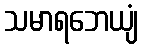
သမာရဘေယျံ